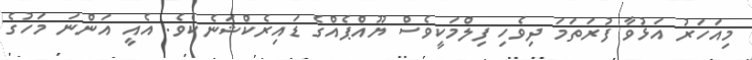
މިއަހަރު އަޅުވާ ފުރަތަމަ ދިވެހި ފިލްމަކީވެސް ޔޫއްޕެއްގެ ޑައިރެކްޝަނެކެވެ. އެއީ އަންނަ މަހުގެ